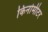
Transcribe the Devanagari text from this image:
किनोमीटर